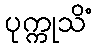
ပုက္ကုသိံ